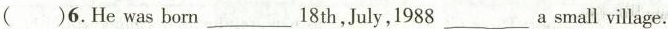
( )6.He was born_18 th,July,1988 a _small village.